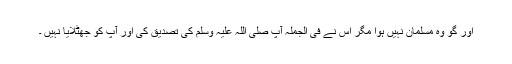
اور گو وہ مسلمان نہیں ہوا مگر اس نے فی الجملہ آپ صلی اللہ علیہ وسلم کی تصدیق کی اور آپؐ کو جھٹلایا نہیں ۔